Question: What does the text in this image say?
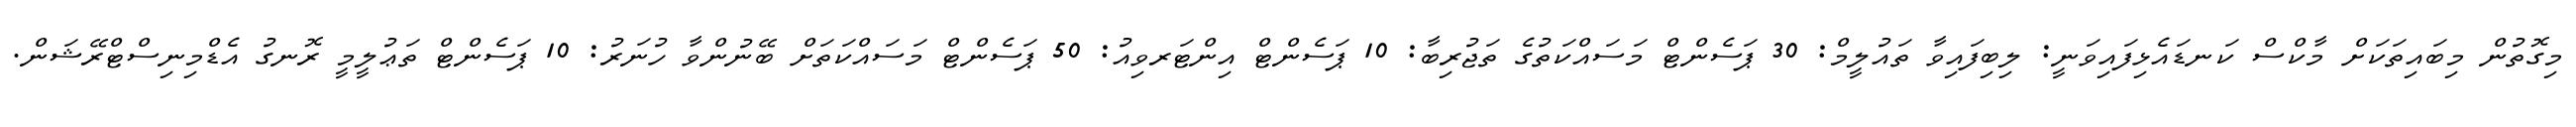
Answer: މިގޮތުން މިބައިތަކަށް މާކްސް ކަނޑައެޅިފައިވަނީ: ލިބިފައިވާ ތައުލީމް: 30 ޕަސެންޓް މަސައްކަތުގެ ތަޖުރިބާ: 10 ޕަސެންޓް އިންޓަރވިއު: 50 ޕަސެންޓް މަސައްކަތަށް ބޭނުންވާ ހުނަރު: 10 ޕަސެންޓް ތަޢުލީމީ ރޮނގު އެޑްމިނިސްޓްރޭޝަން.